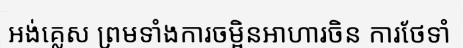
អង់គ្លេស ព្រមទាំងការចម្អិនអាហារចិន ការថែទាំ